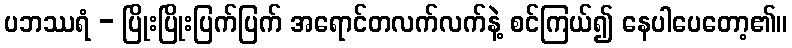
ပဘဿရံ - ပြိုးပြိုးပြက်ပြက် အရောင်တလက်လက်နဲ့ စင်ကြယ်၍ နေပါပေတော့၏။